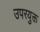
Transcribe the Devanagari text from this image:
उपरयुक्त